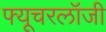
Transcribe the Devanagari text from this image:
फ्यूचरलॉजी